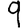
Digit: 9